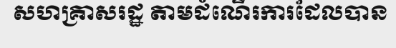
សហគ្រាសរដ្ឋ តាមដំណើរការដែលបាន